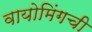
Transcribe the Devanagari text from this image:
वायोमिंगची